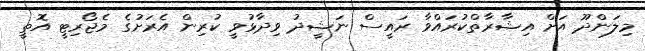
މިލަންދޫ އަށް އިޝާރާތްކުރައްވާ ރައީސް ނަޝީދު ވިދާޅުވީ ކުރިން އެރަށުގެ މެޖޯރިޓީ އޮތީ